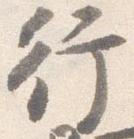
行